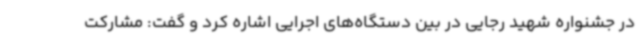
در جشنواره شهید رجایی در بین دستگاه‌های اجرایی اشاره کرد و گفت: مشارکت